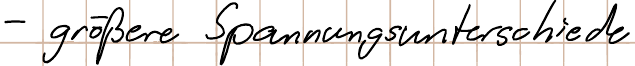
- größere Spannungsunterschiede